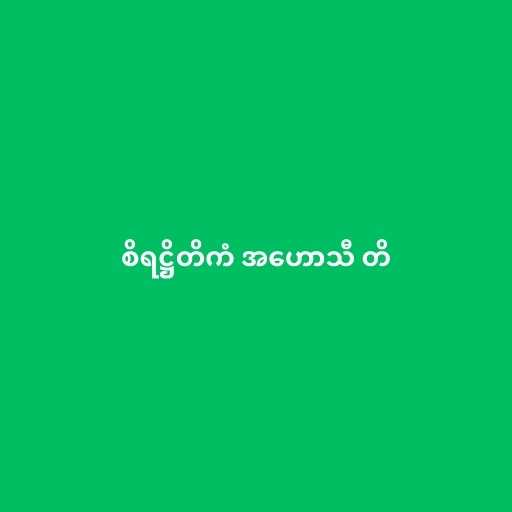
စိရဋ္ဌိတိကံ အဟောသီ တိ